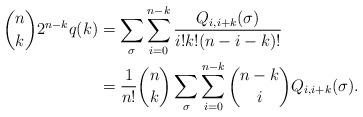
LaTeX: \begin{align*}{n \choose k} 2^{n-k} q(k) &= \sum_{\sigma} \sum_{i=0}^{n-k} \frac{Q_{i,i+k}(\sigma)}{i! k! (n-i-k)!} \\&= \frac{1}{n!} {n \choose k} \sum_{\sigma}\sum_{i=0}^{n-k} {n-k \choose i} Q_{i,i+k}(\sigma).\end{align*}